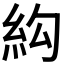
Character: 𰫛